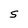
Character: S